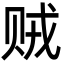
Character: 贼